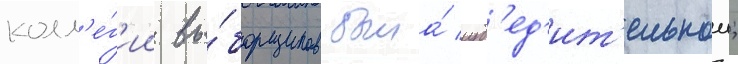
колл'е́г'ии вы́борщиков была́ уб'ед'ит'ельнои;